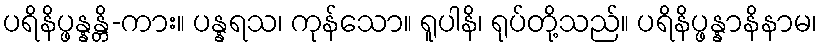
ပရိနိပ္ဖန္နန္တိ-ကား။ ပန္နရသ၊ ကုန်သော။ ရူပါနိ၊ ရုပ်တို့သည်။ ပရိနိပ္ဖန္နာနိနာမ၊